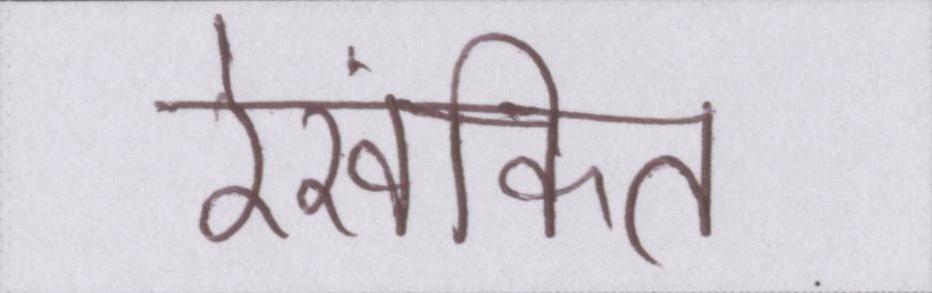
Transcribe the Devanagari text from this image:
रेखांकित